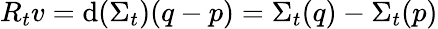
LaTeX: R_{t}v=\mathrm{d}(\Sigma_{t})(q-p)=\Sigma_{t}(q)-\Sigma_{t}(p)